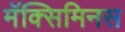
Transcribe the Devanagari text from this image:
मॅक्सिमिनस